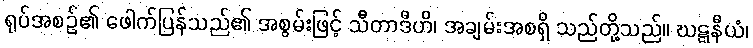
ရုပ်အစဉ်၏ ဖေါက်ပြန်သည်၏ အစွမ်းဖြင့် သီတာဒီဟိ၊ အချမ်းအစရှိ သည်တို့သည်။ ဃဋ္ဋနီယံ၊